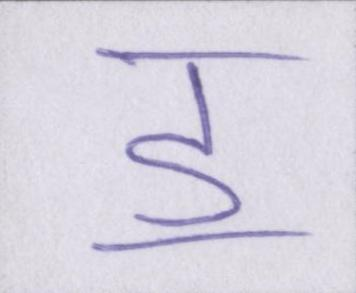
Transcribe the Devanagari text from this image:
ॾ